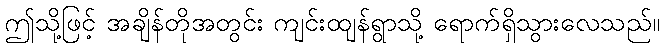
ဤသို့ဖြင့် အချိန်တိုအတွင်း ကျင်းထျန်ရွာသို့ ရောက်ရှိသွားလေသည်။